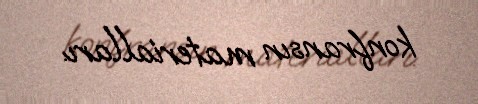
konfransın materialları.